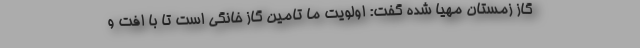
گاز زمستان مهیا شده گفت: اولویت ما تامین گاز خانگی است تا با افت و